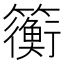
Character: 𫂬